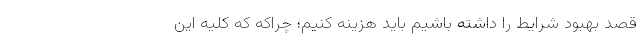
قصد بهبود شرایط را داشته باشیم باید هزینه کنیم؛ چراکه که کلیه این